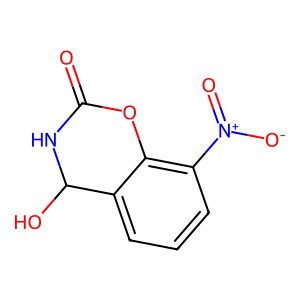
SMILES: O=C1NC(O)c2cccc([N+](=O)[O-])c2O1
Inhibits HIV replication: No